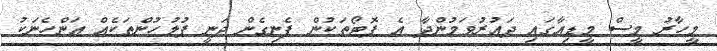
މީހާރު މީސް މީޑިއާގައި ދައުރުވަމުންދާ އެ ފޮޓޯތަކުން ފެނިގެން ދަނީ ފުލުހުންތަކެއް އަންހެނަކު